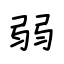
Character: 弱